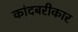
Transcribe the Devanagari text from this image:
कांदबरीकार